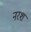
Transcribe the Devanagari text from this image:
नरश